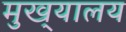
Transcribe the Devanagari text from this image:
मुख्‌यालय